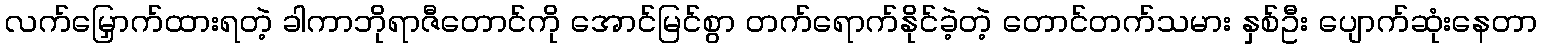
လက်မြှောက်ထားရတဲ့ ခါကာဘိုရာဇီတောင်ကို အောင်မြင်စွာ တက်ရောက်နိုင်ခဲ့တဲ့ တောင်တက်သမား နှစ်ဦး ပျောက်ဆုံးနေတာ